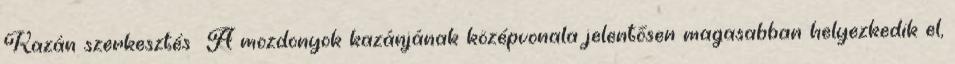
Kazán szerkesztés A mozdonyok kazánjának középvonala jelentősen magasabban helyezkedik el,